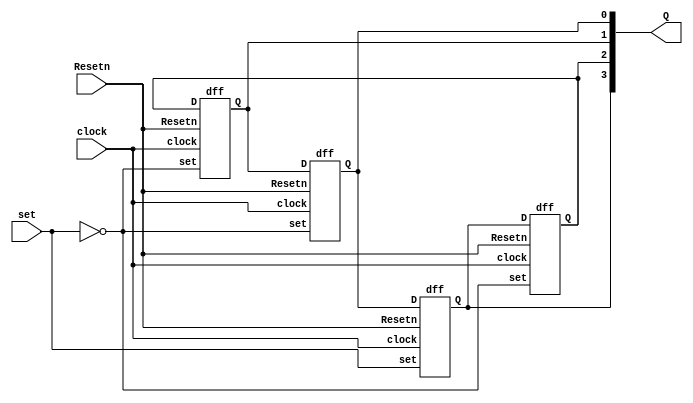
module rc(clock,set,Resetn,Q);
input set,clock,Resetn;
output [3:0]Q;
dff s0(Q[0],clock,set,Resetn,Q[3]);
dff s1(Q[3],clock,~set,Resetn,Q[2]);
dff s2(Q[2],clock,~set,Resetn,Q[1]);
dff s3(Q[1],clock,~set,Resetn,Q[0]);
endmodule

module dff(D,clock,set,Resetn,Q);
input D,set,clock,Resetn;
output reg Q;
always @ (posedge clock )
begin
if(!Resetn && set)
	Q <= 1;
else if(!Resetn)
	Q <= 0;
else
	Q <= D;
end
endmodule